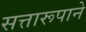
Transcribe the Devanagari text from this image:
सत्तारूपाने